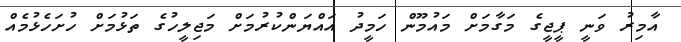
އާމިރު ވަނީ ޕީޖީގެ މަގާމަށް މައުމޫން ހަމީދު އައްޔަންކުރުމަށް މަޖިލީހުގެ ތަޅުމަށް ހުށަހެޅުމެއް